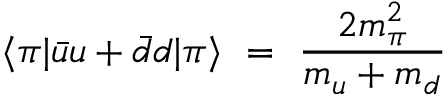
\langle \pi | \bar { u } u + \bar { d } d | \pi \rangle \ = \ \frac { 2 m _ { \pi } ^ { 2 } } { m _ { u } + m _ { d } }